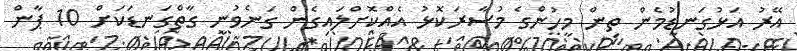
އޭރު އަޅުގަނޑުމެން ތިން މީހުންގެ މުސާރަކޮޅު އެއްކޮށްލައިގެން ގަނެވުނީ ގާތްގަނޑަކަށް 10 ޕާން